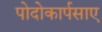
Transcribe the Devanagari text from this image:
पोदोकार्पसाए